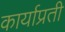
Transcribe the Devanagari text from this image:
कार्याप्रती